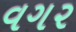
વગ૨